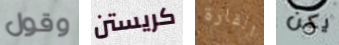
وقول كريستن القارة يكن